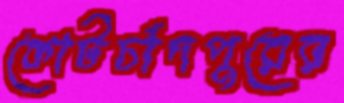
কোটচাঁদপুরের